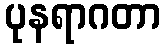
ပုနရာဂတာ